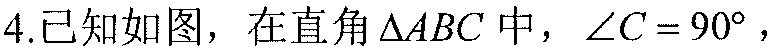
4.已知如图，在直角\(\triangle ABC\)中，\(\angle C = 90^{\circ}\)，